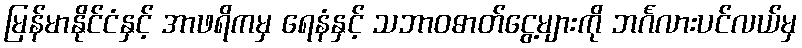
မြန်မာနိုင်ငံနှင့် အာဖရိကမှ ရေနံနှင့် သဘာဝဓာတ်ငွေ့များကို ဘင်္ဂလားပင်လယ်မှ